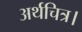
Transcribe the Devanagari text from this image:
अर्थचित्र।